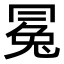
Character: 𠕤